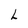
Character: L